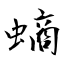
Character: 螪